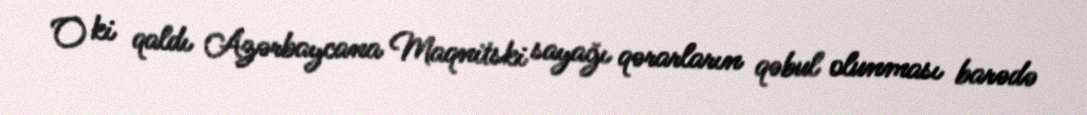
O ki qaldı Azərbaycana Maqnitski sayağı qərarların qəbul olunması barədə